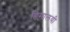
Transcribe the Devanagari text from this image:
हिमालयी